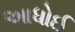
આધોઈ